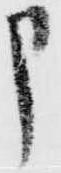
申